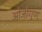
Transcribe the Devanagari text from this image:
ओजोगुण